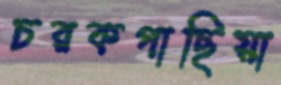
চরকগাছিয়া